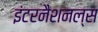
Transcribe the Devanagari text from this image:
इंटरनैशनल्स